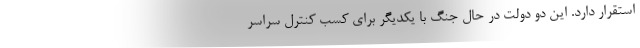
استقرار دارد. این دو دولت در حال جنگ با یکدیگر برای کسب کنترل سراسر